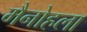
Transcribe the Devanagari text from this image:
मैनोहला